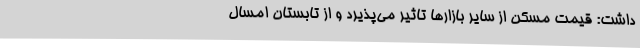
داشت: قیمت مسکن از سایر بازارها تاثیر می‌پذیرد و از تابستان امسال